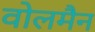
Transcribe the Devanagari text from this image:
वोलमैन